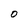
Character: O